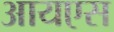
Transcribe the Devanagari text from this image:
आयएस